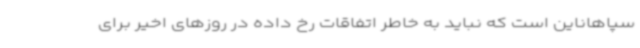
سپاهاناین است که نباید به خاطر اتفاقات رخ‌ داده در روزهای اخیر برای